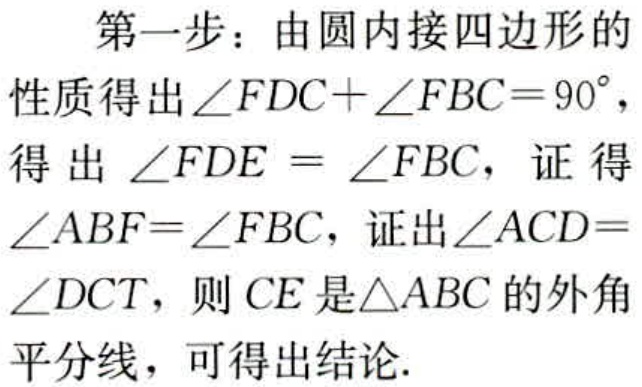
第一步：由圆内接四边形的性质得出\(\angle FDC+\angle FBC = 90^{\circ}\)，得出\(\angle FDE=\angle FBC\)，证得\(\angle ABF=\angle FBC\)，证出\(\angle ACD = \angle DCT\)，则\(CE\)是\(\triangle ABC\)的外角平分线，可得出结论.